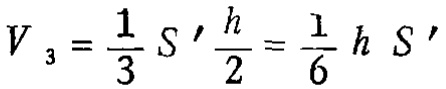
\[V_{3}=\frac{1}{3}S'\frac{h}{2}=\frac{1}{6}hS'\]